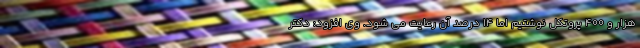
هزار و ۴۰۰ پروتکل نوشتیم اما ۱۴ درصد آن رعایت می شود. وی افزود: دکتر